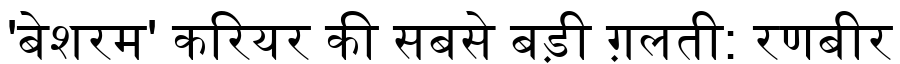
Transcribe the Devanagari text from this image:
'बेशरम' करियर की सबसे बड़ी ग़लती: रणबीर